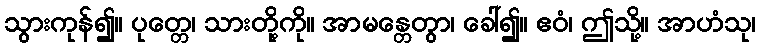
သွားကုန်၍။ ပုတ္တေ၊ သားတို့ကို။ အာမန္တေတွာ၊ ခေါ်၍။ ဧဝံ၊ ဤသို့။ အာဟံသု၊